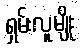
ရှမ်းလူမျိုး